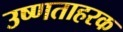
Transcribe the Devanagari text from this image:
उष्णताहरक